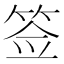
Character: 签